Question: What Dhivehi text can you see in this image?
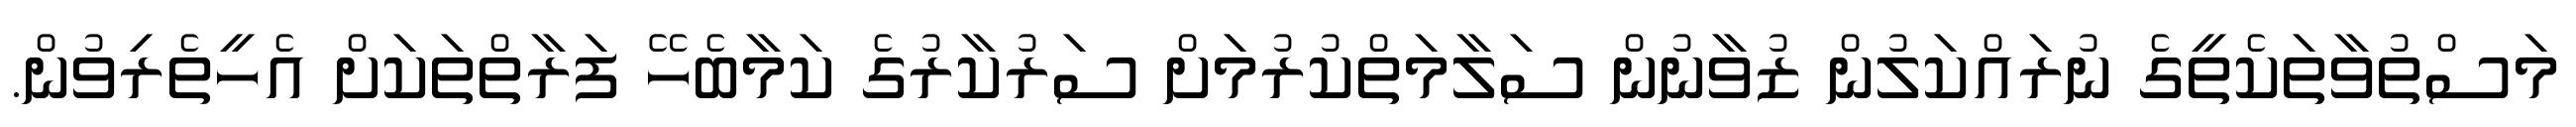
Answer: މަސްތުވާތަކެތީގެ ނުރައްކަލުން ޒުވާނުން ސަލާމަތްކުރުމަށް ސަރުކާރުގެ ކަމާބެހޭ ފަރާތްތަކަށް އެހީތެރިވުން.